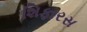
શિફારસ